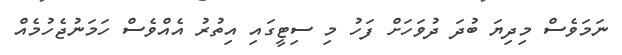
ނަމަވެސް މިދިޔަ ބުދަ ދުވަހަށް ފަހު މި ސިޓީގައި އިތުރު އެއްވެސް ހަމަނުޖެހުމެއް